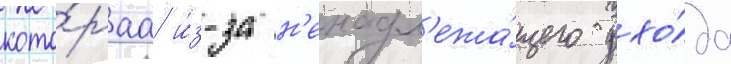
кото́раа и́з-за н'енадл'ежа́щего ухо́да